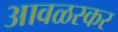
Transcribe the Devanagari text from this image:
आवळस्कर